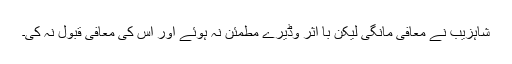
شاہزیب نے معافی مانگی لیکن با اثر وڈیرے مطمئن نہ ہوئے اور اس کی معافی قبول نہ کی۔